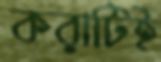
করাটিই